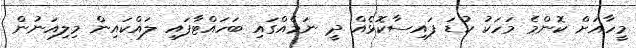
މީހާއަށް ކޮންމެ މަހަކު ކުޑަ ފައިސާކޮޅެއް ދީ ނަމެއްގައި ބަހައްޓާފައި ލައްކައިން މިލިއަނުން